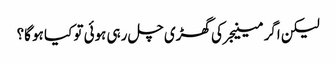
لیکن اگر مینیجر کی گھڑی چل رہی ہوئی تو کیا ہو گا؟